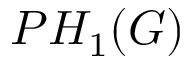
P H _ { 1 } ( G )